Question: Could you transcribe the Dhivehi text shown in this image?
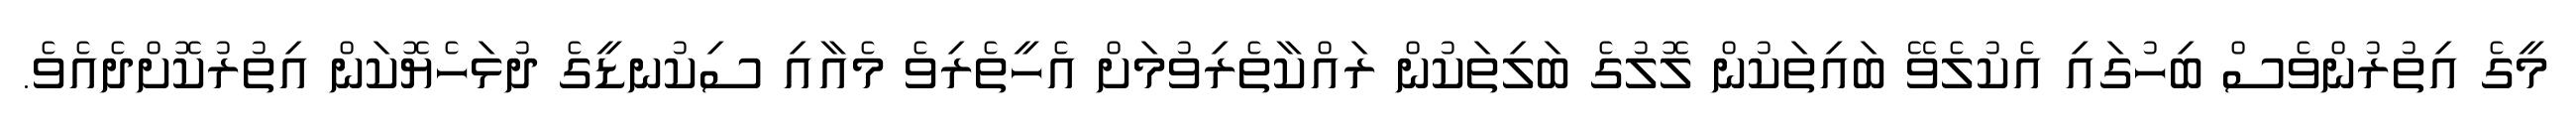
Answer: މީގެ އިތުރުންވެސް ބިހުގައި އެކުލެވޭ ބައިތަކުން ލޮލުގެ ބަލިތަކުން ރައްކާތެރިވުމަށް އެހީތެރިވެ މެއާއި ސިކުނޑީގެ ދުޅަހެޔޮކަން އިތުރުކޮށްދެއެވެ.